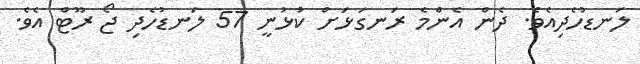
ލަނޑުހެދިއެވެ. ދެން އެންމެ ރަނގަޅަށް ކުޅުނީ 57 ލަނޑުހެދި ޖޯ ރޫޓް އެވެ.